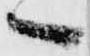
へ